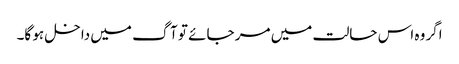
اگر وہ اس حالت میں مر جائے تو آگ میں داخل ہو گا۔